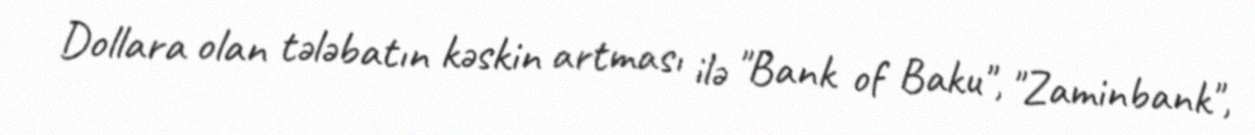
Dollara olan tələbatın kəskin artması ilə "Bank of Baku", "Zaminbank",